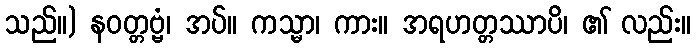
သည်။) နဝတ္တဗ္ဗံ၊ အပ်။ ကသ္မာ၊ ကား။ အရဟတ္တဿာပိ၊ ၏ လည်း။